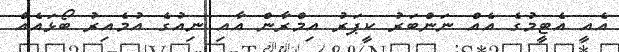
އެއީ އެޓީމުގެ އެއް ނަންބަރު ކީޕަރު އިމްރާން އާއި ނިއުގެ އުމެއިރު ބޯޅައެއް